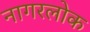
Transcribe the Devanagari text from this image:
नागरलोक